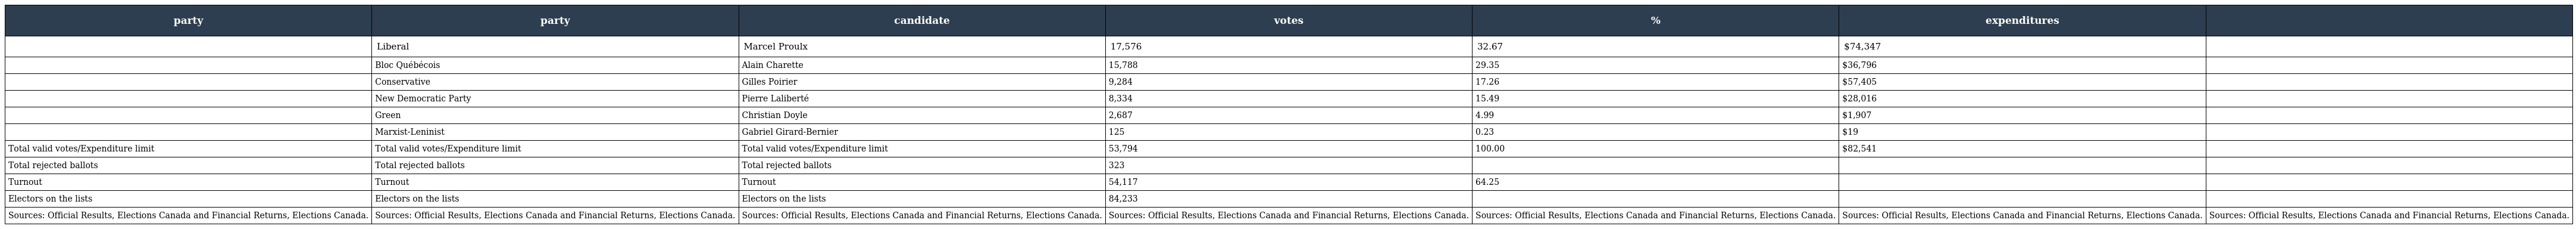
| party | party | candidate | votes | % | expenditures |  |
 | --- | --- | --- | --- | --- | --- | --- |
 |  | Liberal | Marcel Proulx | 17,576 | 32.67 | $74,347 |  |
 |  | Bloc Québécois | Alain Charette | 15,788 | 29.35 | $36,796 |  |
 |  | Conservative | Gilles Poirier | 9,284 | 17.26 | $57,405 |  |
 |  | New Democratic Party | Pierre Laliberté | 8,334 | 15.49 | $28,016 |  |
 |  | Green | Christian Doyle | 2,687 | 4.99 | $1,907 |  |
 |  | Marxist-Leninist | Gabriel Girard-Bernier | 125 | 0.23 | $19 |  |
 | Total valid votes/Expenditure limit | Total valid votes/Expenditure limit | Total valid votes/Expenditure limit | 53,794 | 100.00 | $82,541 |  |
 | Total rejected ballots | Total rejected ballots | Total rejected ballots | 323 |  |  |  |
 | Turnout | Turnout | Turnout | 54,117 | 64.25 |  |  |
 | Electors on the lists | Electors on the lists | Electors on the lists | 84,233 |  |  |  |
 | Sources: Official Results, Elections Canada and Financial Returns, Elections Canada. | Sources: Official Results, Elections Canada and Financial Returns, Elections Canada. | Sources: Official Results, Elections Canada and Financial Returns, Elections Canada. | Sources: Official Results, Elections Canada and Financial Returns, Elections Canada. | Sources: Official Results, Elections Canada and Financial Returns, Elections Canada. | Sources: Official Results, Elections Canada and Financial Returns, Elections Canada. | Sources: Official Results, Elections Canada and Financial Returns, Elections Canada. |